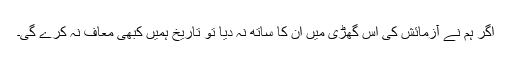
اگر ہم نے آزمائش کی اس گھڑی میں ان کا ساتھ نہ دیا تو تاریخ ہمیں کبھی معاف نہ کرے گی۔